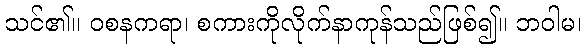
သင်၏။ ဝစနကရာ၊ စကားကိုလိုက်နာကုန်သည်ဖြစ်၍။ ဘဝါမ၊